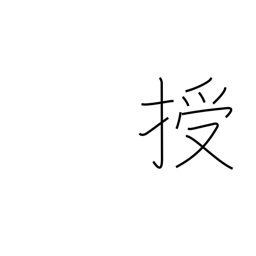
Meaning: instruct